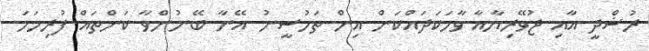
ރުޝްދީ އާއި ޖުވޭރިޔާއާ ވާހަކަދައްކަން އިން ތަހުސީނު އޭނާ ބޭނުންވާ ކަންތައް ފުރިހަމަ